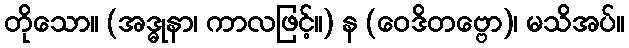
တိုသော။ (အဒ္ဓုနာ၊ ကာလဖြင့်။) န (ဝေဒိတဗ္ဗော)၊ မသိအပ်။